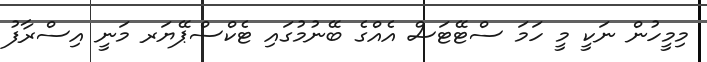
މިމީހުން ނަކީ މީ ހަމަ ސްޓޭޓަސް އެއްގެ ބޭނުމުގައި ޓެކްސްޕޭޔަރ މަނީ އިސްރާފު